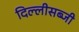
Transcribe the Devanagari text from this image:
दिल्लीसब्जी